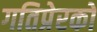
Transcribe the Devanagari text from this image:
गतिप्रेरकों